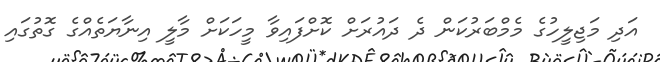
އަދި މަޖިލީހުގެ މެމްބަރުކަން ދެ ދައުރަށް ކޮށްފައިވާ މީހަކަށް މާލީ އިނާޔަތެއްގެ ގޮތުގައި